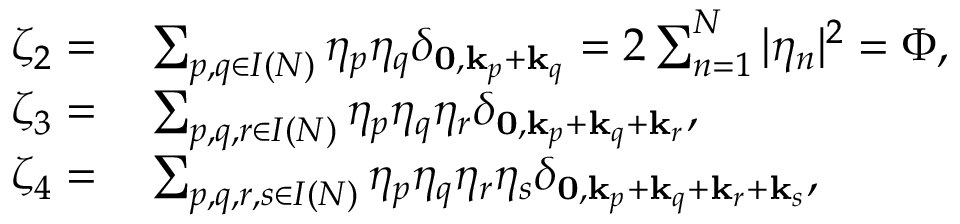
\begin{array} { r l } { \zeta _ { 2 } = } & { { } \sum _ { p , q \in I ( N ) } \eta _ { p } \eta _ { q } \delta _ { \mathbf { 0 } , \mathbf { k } _ { p } + \mathbf { k } _ { q } } = 2 \sum _ { n = 1 } ^ { N } | \eta _ { n } | ^ { 2 } = \Phi , } \\ { \zeta _ { 3 } = } & { { } \sum _ { p , q , r \in { I } ( N ) } \eta _ { p } \eta _ { q } \eta _ { r } \delta _ { \mathbf { 0 } , \mathbf { k } _ { p } + \mathbf { k } _ { q } + { \mathbf { k } _ { r } } } , } \\ { \zeta _ { 4 } = } & { { } \sum _ { p , q , r , s \in { I } ( N ) } \eta _ { p } \eta _ { q } \eta _ { r } \eta _ { s } \delta _ { \mathbf { 0 } , \mathbf { k } _ { p } + \mathbf { k } _ { q } + { \mathbf { k } _ { r } } + \mathbf { k } _ { s } } , } \end{array}